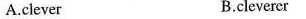
A.clever B.cleverer